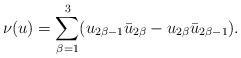
LaTeX: \begin{align*}\nu(u) = \sum_{\beta = 1}^3 (u_{2\beta - 1}\bar{u}_{2\beta} - u_{2\beta}\bar{u}_{2\beta-1}).\end{align*}